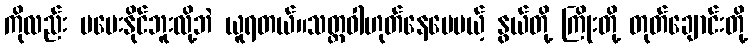
ကိုလည်း မပေးနိုင်ဘူးလို့ဘဲ ယူရတယ်။သတ္တဝါဟုတ်နေပေမယ့် နွယ်တို့ ကြိုးတို့ တုတ်ချောင်းတို့